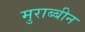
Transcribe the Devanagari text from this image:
मुराब्बीन